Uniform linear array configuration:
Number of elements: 48
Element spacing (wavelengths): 1
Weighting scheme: uniform
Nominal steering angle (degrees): -45
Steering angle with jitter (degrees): -45.265
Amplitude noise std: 0.05
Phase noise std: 0.05

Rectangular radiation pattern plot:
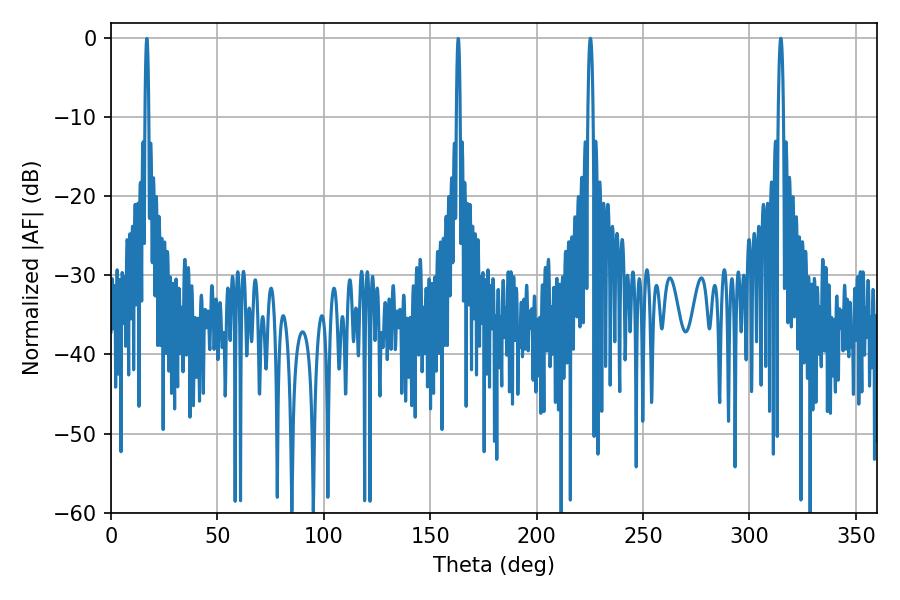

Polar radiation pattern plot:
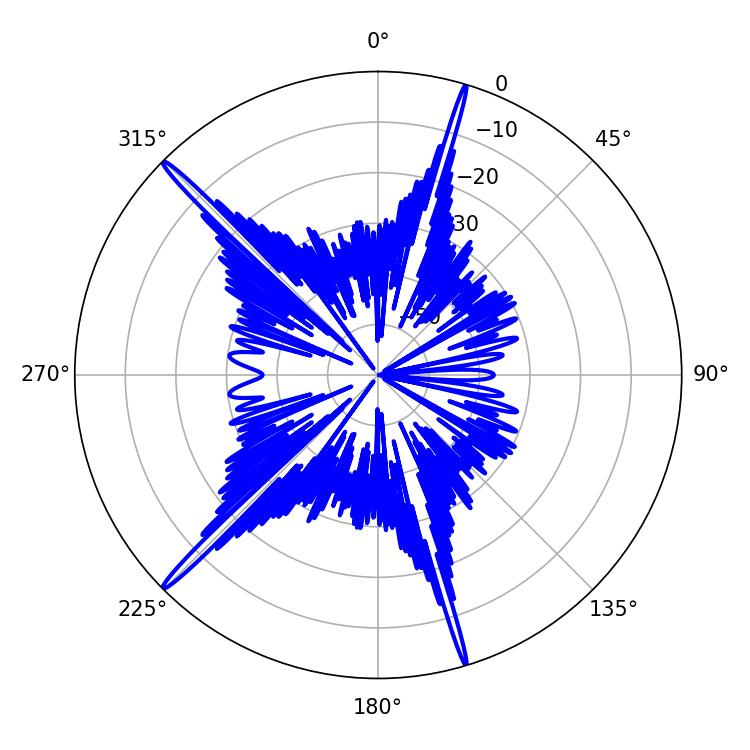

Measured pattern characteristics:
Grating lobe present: TRUE
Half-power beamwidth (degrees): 1.26
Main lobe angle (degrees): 225.18